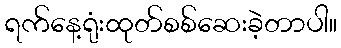
ရက်နေ့ရုံးထုတ်စစ်ဆေးခဲ့တာပါ။